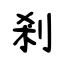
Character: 剎